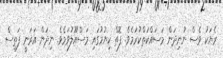
ރެޔަކު ވެސް ނުނިދަން މަސައްކަތްކުރަމެވެ. ފޮތް ކިޔުމުގައި މަސްއޫލުވަމެވެ. ނިދަން އަރަނީ ފަތިސް